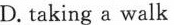
D. taking a walk